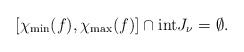
\begin{align*}[\chi_{\min}(f), \chi_{\max}(f)]\cap \mathrm{int} J_\nu =\emptyset. \end{align*}